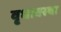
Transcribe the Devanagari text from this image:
वृधावस्था